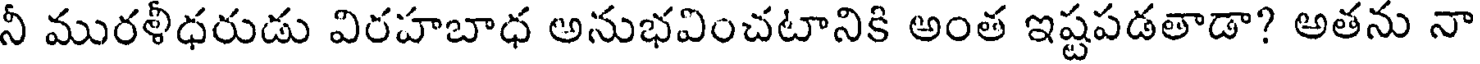
నీ మురళీధరుడు విరహబాధ అనుభవించటానికి అంత ఇష్టపడతాడా? అతను నా